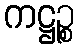
ကဋ္ဌဉ္စ